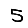
Digit: 5